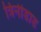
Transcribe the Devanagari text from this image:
त्रिनीडाड